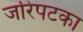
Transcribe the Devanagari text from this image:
जरिपटका